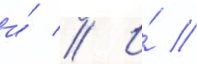
и́ // И́ //